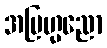
အဗြဟ္မညော